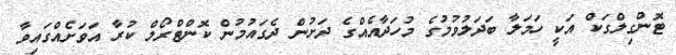
ޓޮންގިލްގަކް އަކީ ހަމަލާ ބަދަލުވުމުގެ މުހަދާއެއްގެ ދަށުން ދެގައުމުން ކޮންޓްރޯލް ކުރާ އަވަށެއްގައިވާ